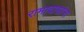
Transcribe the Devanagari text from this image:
रामादासांना